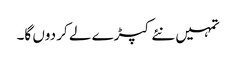
تمہیں نئے کپڑے لے کر دوں گا۔